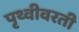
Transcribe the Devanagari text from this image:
पृथ्वीवरती